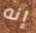
إنه